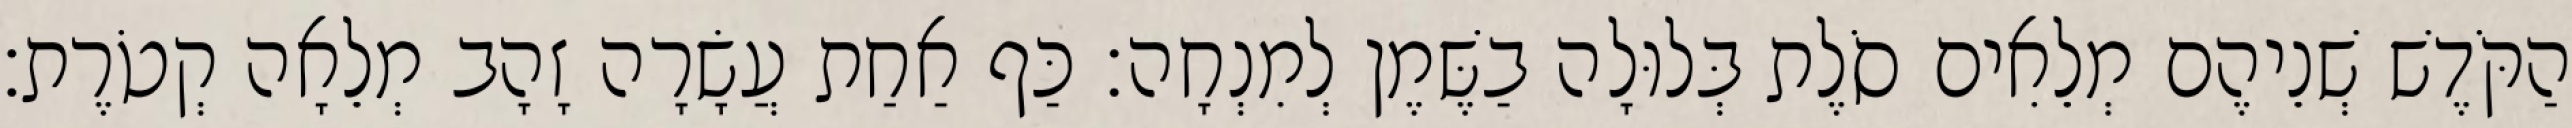
הַקֹּדֶשׁ שְׁנֵיהֶם מְלֵאִים סֹלֶת בְּלוּלָה בַשֶּׁמֶן לְמִנְחָה׃ כַּף אַחַת עֲשָׂרָה זָהָב מְלֵאָה קְטֹרֶת׃